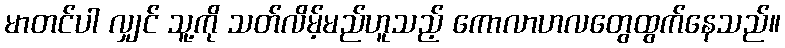
မာတင်ပါ လျှင် သူ့ကို သတ်လိမ့်မည်ဟူသည့် ကောလာဟလတွေထွက်နေသည်။